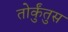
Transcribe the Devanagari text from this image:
तोर्कुंतुस